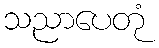
သညာပေတုံ